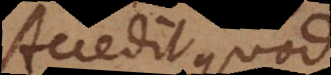
Accedit quod